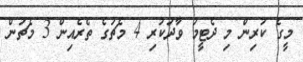
މީގެ ކުރިން މި ދެޓީމު ވާދަކުރި 4 މެޗުގެ ތެރެއިން 3 މެޗުން